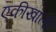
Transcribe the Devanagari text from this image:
एकीखाली